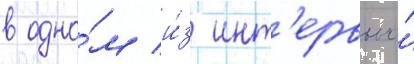
в одно́м и́з инт'ервью́